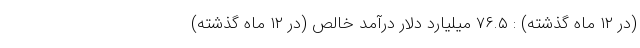
(در ۱۲ ماه گذشته) : ۷۶.۵ میلیارد دلار درآمد خالص (در ۱۲ ماه گذشته)